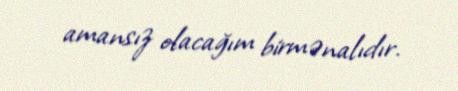
amansız olacağım birmənalıdır.